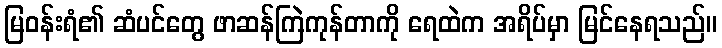
မြဝန်းရံ၏ ဆံပင်တွေ ဖာဆန်ကြဲကုန်တာကို ရေထဲက အရိပ်မှာ မြင်နေရသည်။